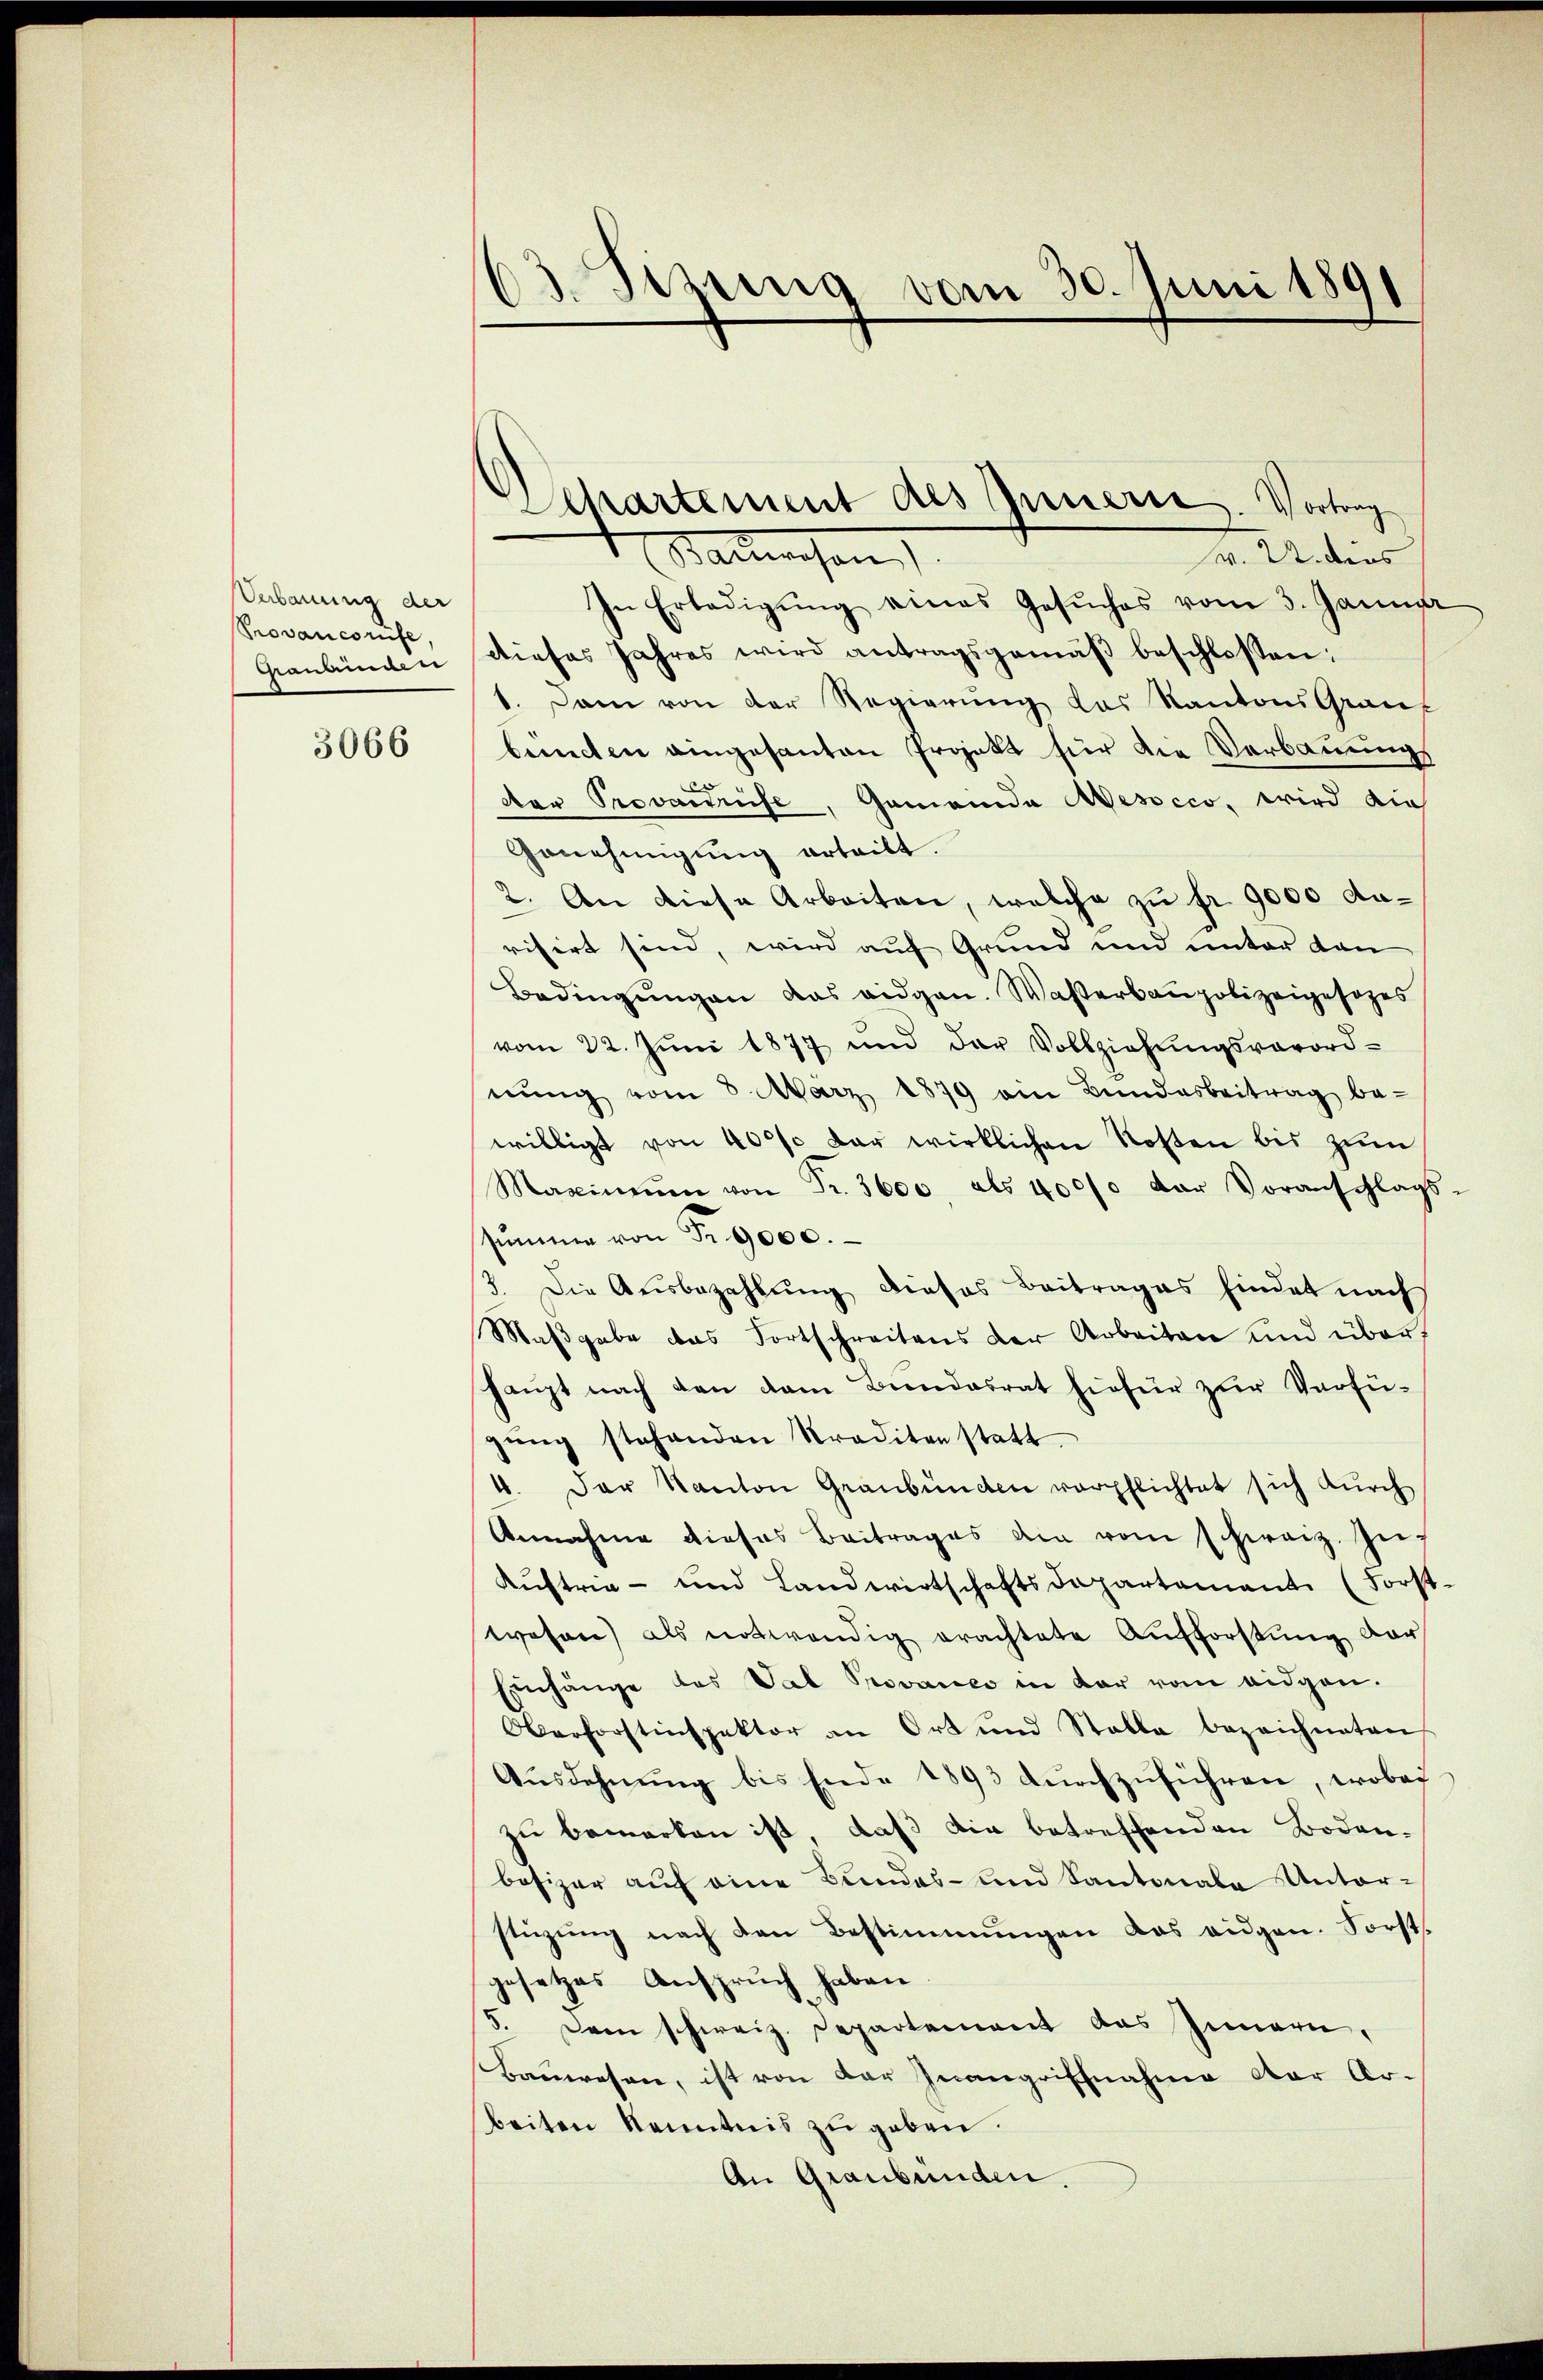
Verbauung der
Provancorüfe
Graubünde er

3066

03. Sizung vom 30. Juni 1891

Departement des Innern. Vortrag

Sausen
v. U. dens
In Erledigŭng eines Gesŭches vom 3. Januar
dieses Jahres wird antragsgemäβ beschlossen:
1. Dann von der Regierung das Kantons Grauf
berechen eingesanten Projekt für die Verbauungs
C
der Provanrufe, Gemeinde Mesocco, wird die
Genehmigung erteilt.
2. An diese Arbeiten, welche zu fr. 9000 darisirt sind, wird auf Grund und unter den
Bedingŭngen das eidgen. Waßerbaupolizeigesezes
vom 22. Jŭni 1877 und der Vollziehŭngsverord-
nŭng vom 8. März 1879 ein Bŭndesbeitrag be-
willigt von 40% der wirklichen Kosten bis zum
Maximŭm von Fr. 3600 als 40000 der Voranschlags-
summe von Fr. 9000.
3. Die Ausbezahlung dieses Beitrages findet nach
Maβgabe das Fortschreitens der Arbeiten und über
haŭpt nach den dem Bundesrat hiefür zŭr Verfü-
gŭng stehenden Straditen statt
4. Der Kanton Graubünden verpflichtet sich dŭrch
Annahme dieses Beitrages die vom schreiz. Zei¬
Kuftrie- und Landwirtschaftsdepartamante (Forst-
wesen) als notwendig erachtete Aufforstŭng der
Einhänge des Val Provanes in der vom eidgen.
Oberforstinspektor an Ort und Stalle bezeichneten
Aŭsdehnŭng bis Ende 1893 dŭrchzŭführen, wobei
zu bemerken ist, daß die betreffenden Boden-
besizer auf eine Bundes- und Kantonale Unterstüzung nach den Bestimmungen das eidgen. Forst
gesetzes Anspruch haben
5. Dem schweiz. Departement das Innern,
Bauwesen, ist von der Inangriffnahme der Arbeiten Kenntnis zu geben.
An Graubünden.